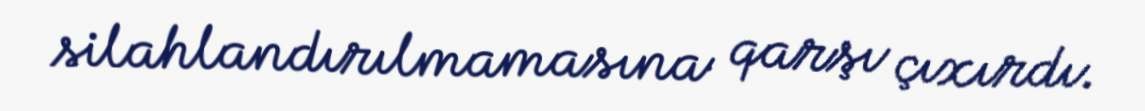
silahlandırılmamasına qarşı çıxırdı.